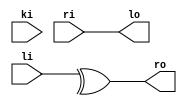
module des_f_structure
(
    input wire  [1:32]li,
    input wire  [1:32]ri,
    input wire  [1:48]ki,
    output wire [1:32]lo,
    output wire [1:32]ro
);
wire [1:32]sout2p;
wire [1:32]po;

// E extend
wire [1:48]e_out;
assign e_out = {
ri[32], ri[1],  ri[2],  ri[3],  ri[4],  ri[5],
ri[4],  ri[5],  ri[6],  ri[7],  ri[8],  ri[9],
ri[8],  ri[9],  ri[10], ri[11], ri[12], ri[13],
ri[12], ri[13], ri[14], ri[15], ri[16], ri[17],

ri[16], ri[17], ri[18], ri[19], ri[20], ri[21],
ri[20], ri[21], ri[22], ri[23], ri[24], ri[25],
ri[24], ri[25], ri[26], ri[27], ri[28], ri[29],
ri[28], ri[29], ri[30], ri[31], ri[32], ri[1]
};
// E extend end

// internal xor 
wire [1:48]xor_out;
assign xor_out = e_out^ki;
// internal xor end

// S box
`ifdef SBOX_USE_2CASE
    S1_ROM 
    des_s_box_1
    (
        .address(xor_out[1:6]),//6bits
        .sout(sout2p[1:4])//4bits
    );
    S2_ROM 
    des_s_box_2
    (
        .address(xor_out[7:12]),//6bits
        .sout(sout2p[5:8])//4bits
    );
    S3_ROM 
    des_s_box_3
    (
        .address(xor_out[13:18]),//6bits
        .sout(sout2p[9:12])//4bits
    );
    S4_ROM 
    des_s_box_4
    (
        .address(xor_out[19:24]),//6bits
        .sout(sout2p[13:16])//4bits
    );
    S5_ROM 
    des_s_box_5
    (
        .address(xor_out[25:30]),//6bits
        .sout(sout2p[17:20])//4bits
    );
    S6_ROM 
    des_s_box_6
    (
        .address(xor_out[31:36]),//6bits
        .sout(sout2p[21:24])//4bits
    );
    S7_ROM 
    des_s_box_7
    (
        .address(xor_out[37:42]),//6bits
        .sout(sout2p[25:28])//4bits
    );
    S8_ROM 
    des_s_box_8
    (
        .address(xor_out[43:48]),//6bits
        .sout(sout2p[29:32])//4bits
    );
`elsif SBOX_USE_KARNAUGH //卡诺图化简表达式法
    initial $display("error SBOX_USE_KARNAUGH not available yet!");
`elsif SBOX_USE_ROM
    des_s_box #(.datafile("G:/WORK_SPACE/Verilog_HDL_CODE/Data_Encryption_Standard/s_box_1.txt"))
    des_s_box_1
    (
        .address(xor_out[1:6]),//6bits
        .sout(sout2p[1:4])//4bits
    );
    des_s_box #(.datafile("G:/WORK_SPACE/Verilog_HDL_CODE/Data_Encryption_Standard/s_box_2.txt"))
    des_s_box_2
    (
        .address(xor_out[7:12]),//6bits
        .sout(sout2p[5:8])//4bits
    );
    des_s_box #(.datafile("G:/WORK_SPACE/Verilog_HDL_CODE/Data_Encryption_Standard/s_box_3.txt"))
    des_s_box_3
    (
        .address(xor_out[13:18]),//6bits
        .sout(sout2p[9:12])//4bits
    );
    des_s_box #(.datafile("G:/WORK_SPACE/Verilog_HDL_CODE/Data_Encryption_Standard/s_box_4.txt"))
    des_s_box_4
    (
        .address(xor_out[19:24]),//6bits
        .sout(sout2p[13:16])//4bits
    );
    des_s_box #(.datafile("G:/WORK_SPACE/Verilog_HDL_CODE/Data_Encryption_Standard/s_box_5.txt"))
    des_s_box_5
    (
        .address(xor_out[25:30]),//6bits
        .sout(sout2p[17:20])//4bits
    );
    des_s_box #(.datafile("G:/WORK_SPACE/Verilog_HDL_CODE/Data_Encryption_Standard/s_box_6.txt"))
    des_s_box_6
    (
        .address(xor_out[31:36]),//6bits
        .sout(sout2p[21:24])//4bits
    );
    des_s_box #(.datafile("G:/WORK_SPACE/Verilog_HDL_CODE/Data_Encryption_Standard/s_box_7.txt"))
    des_s_box_7
    (
        .address(xor_out[37:42]),//6bits
        .sout(sout2p[25:28])//4bits
    );
    des_s_box #(.datafile("G:/WORK_SPACE/Verilog_HDL_CODE/Data_Encryption_Standard/s_box_8.txt"))
    des_s_box_8
    (
        .address(xor_out[43:48]),//6bits
        .sout(sout2p[29:32])//4bits
    );
`else
    initial $display("Please select SBOX mode!");
`endif
// S box end

// P置换
assign po = {
sout2p[16], sout2p[7],  sout2p[20], sout2p[21],
sout2p[29], sout2p[12], sout2p[28], sout2p[17],
sout2p[1],  sout2p[15], sout2p[23], sout2p[26],
sout2p[5],  sout2p[18], sout2p[31], sout2p[10],

sout2p[2],  sout2p[8],  sout2p[24], sout2p[14],
sout2p[32], sout2p[27], sout2p[3],  sout2p[9],
sout2p[19], sout2p[13], sout2p[30], sout2p[6],
sout2p[22], sout2p[11], sout2p[4],  sout2p[25]
};
// P置换 end

assign ro = li^po   ;
assign lo = ri      ;



endmodule